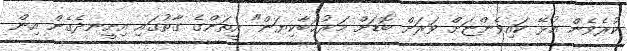
ކުރެވެން އުޅޭ ކައިވެންޏަށް ވަރަށް ބޮޑަށް މަރުޚަބާކިޔަން" އީތަންގެ ގާތުގައި އިށީނދެގެން އިން